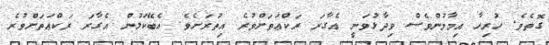
ގޮތެވެ. ހުރިހާ އިމާމުންވެސް ވިދާޅުވަނީ އެގާރަ ރަކްޢަތަށްވުރެ އިތުރަށެވެ. އެބޭކަލުން އެގާރަ ރަކްޢަތަށްވުރެ